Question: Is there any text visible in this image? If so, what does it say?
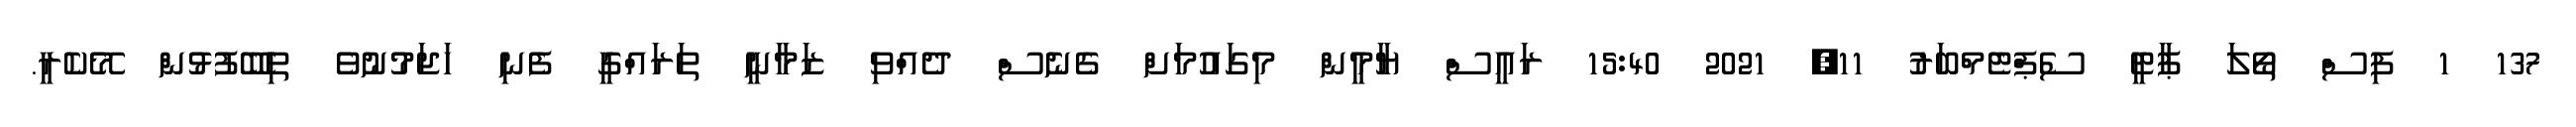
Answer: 137 1 ފިސް ތޯލަ ޕާޓީ ސެޕްޓެމްބަރު 11, 2021 15:40 ރައީސް ޔާމީން މިގައުމަށް ގެނެސް ދެއްވި ޒަމާނީ ތަރައްގީ ފެނި ހަޖަމުނުވެ ތިބޭފުޅުން މޭކެރީ.